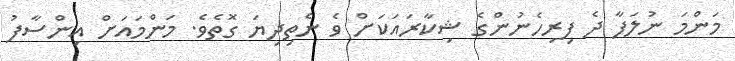
މަންމަ ނުލަފާ ދެ ފިރިހެނުންގެ ޝިކާރައަކަށް ވެ ނެތިދިޔަ ގޮތެވެ. މަންމައަށް އިންސާފު